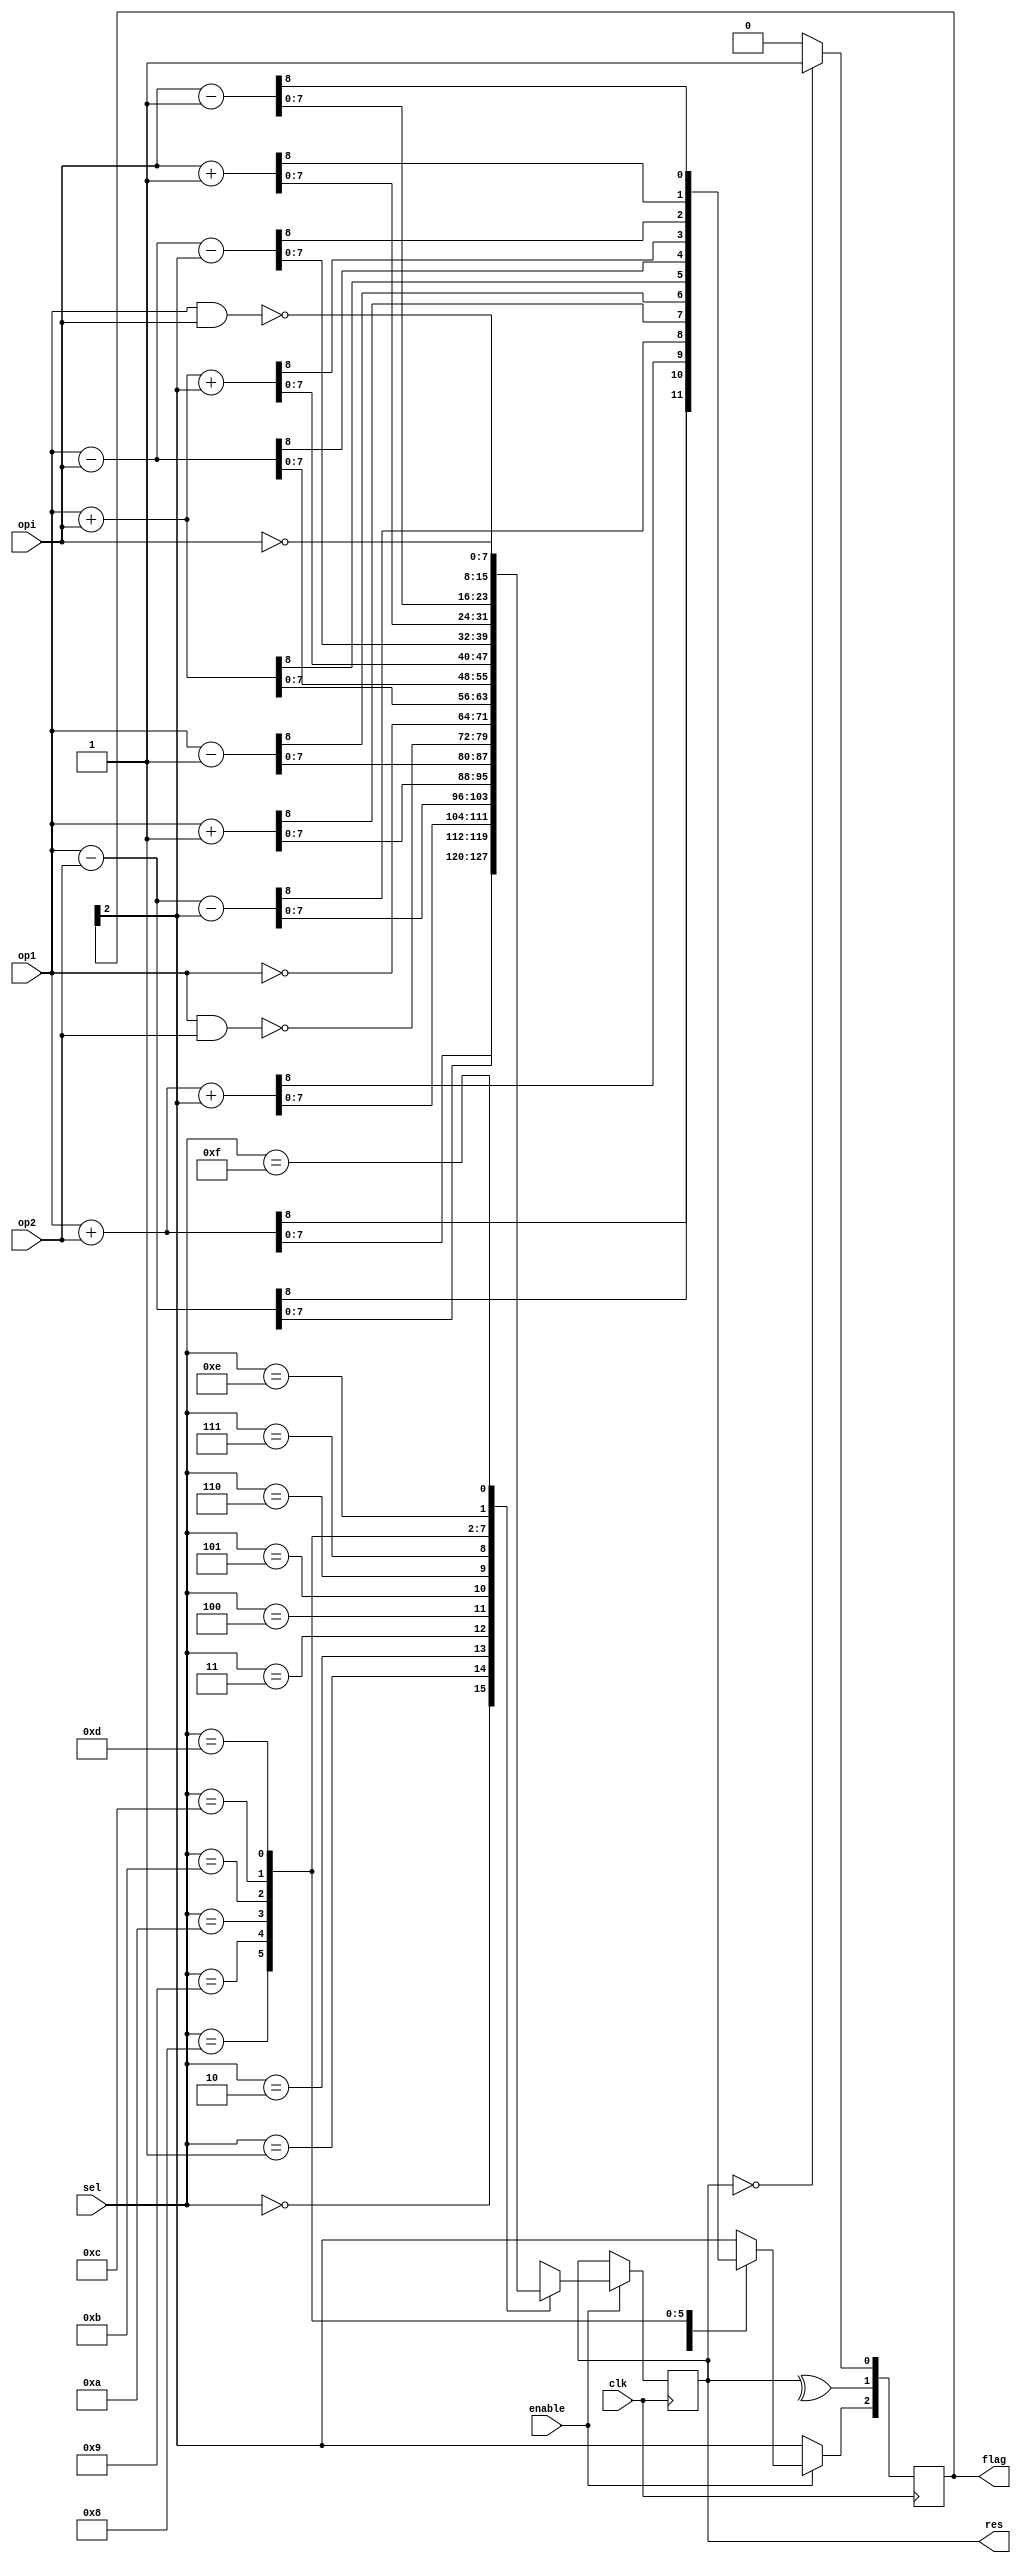
`timescale 1ns/1ns

module alu (
  input  wire clk,
  input  wire enable,
  input  wire [7:0]op1,
  input  wire [7:0]op2,
  input  wire [7:0]opi,
  input  wire [3:0]sel,
  output reg [2:0]flag,
  output reg  [7:0]res);

//reg [2:0]flag;
initial
begin
res <= 0;
flag <= 0;
end
   
always @(negedge clk)
begin
  // put clocked assignments here
  if (enable)
  	begin	
	  	case (sel)
		  0 : {flag[2], res} <= op1 + op2;
		  1 : {flag[2], res} <= op1 - op2;
		  2 : {flag[2], res} <= op1 + op2 + flag[2];
		  3 : {flag[2], res} <= op1 - op2 - flag [2];
		  4 : {flag[2], res} <= op1 + 1;
		  5 : {flag[2], res} <= op1 - 1;
		  6 : res <= ~(op1&op2);
		  7 : res <= ~op1;
		  8 : {flag[2], res} <= op1 + opi;
		  9 : {flag[2], res} <= op1 - opi;
		  10 : {flag[2], res} <= op1 + opi + flag[2];
		  11 : {flag[2], res} <= op1 - opi - flag [2];
		  12 : {flag[2], res} <= opi + 1;
		  13 : {flag[2], res} <= opi - 1;
		  14 : res <= ~(op1&opi);
		  15 : res <= ~opi;
		endcase
	  end
  
  if (res == 0)
  begin
  flag[0] <= 1;
  end
  else
  begin
  flag[0] <= 0;
  end
  
  flag[1] <= ^res;
  
end
   
endmodule // alu